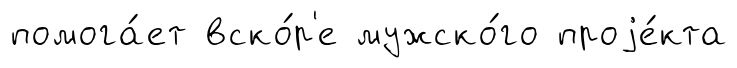
помога́ет вско́р'е мужско́го проjе́кта